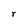
Character: r